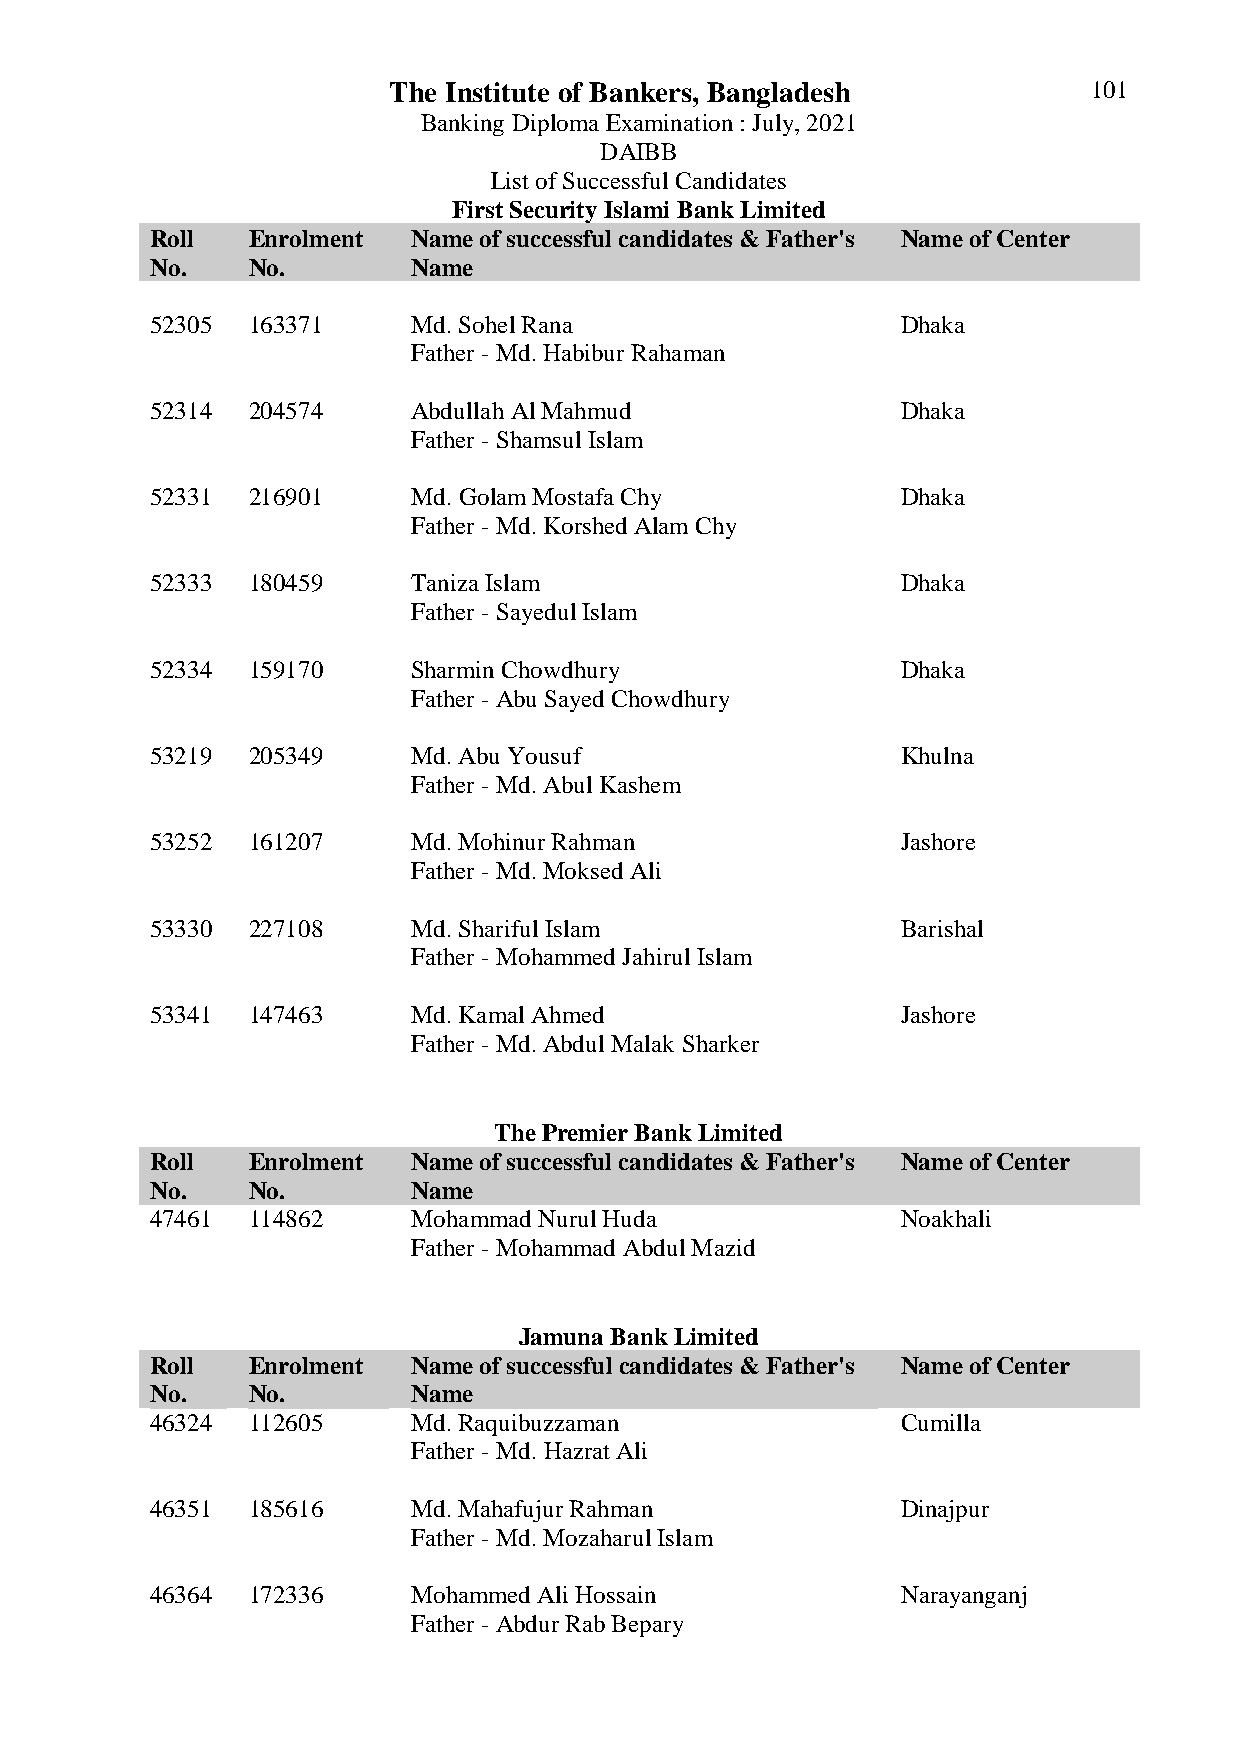
The Institute of Bankers, Bangladesh          101
 Banking Diploma Examination : July, 2021
 DAIBB
 List of Successful Candidates
 First Security Islami Bank Limited
 Roll  Enrolment  Name of successful candidates & Father's Name of Center
 No.   No.        Name
 52305 163371     Md. Sohel Rana                   Dhaka
 Father - Md. Habibur Rahaman
 52314 204574     Abdullah Al Mahmud               Dhaka
 Father - Shamsul Islam
 52331 216901     Md. Golam Mostafa Chy            Dhaka
 Father - Md. Korshed Alam Chy
 52333 180459     Taniza Islam                     Dhaka
 Father - Sayedul Islam
 52334 159170     Sharmin Chowdhury                Dhaka
 Father - Abu Sayed Chowdhury
 53219 205349     Md. Abu Yousuf                   Khulna
 Father - Md. Abul Kashem
 53252 161207     Md. Mohinur Rahman               Jashore
 Father - Md. Moksed Ali
 53330 227108     Md. Shariful Islam               Barishal
 Father - Mohammed Jahirul Islam
 53341 147463     Md. Kamal Ahmed                  Jashore
 Father - Md. Abdul Malak Sharker
 The Premier Bank Limited
 Roll  Enrolment  Name of successful candidates & Father's Name of Center
 No.   No.        Name
 47461 114862     Mohammad Nurul Huda              Noakhali
 Father - Mohammad Abdul Mazid
 Jamuna Bank Limited
 Roll  Enrolment  Name of successful candidates & Father's Name of Center
 No.   No.        Name
 46324 112605     Md. Raquibuzzaman                Cumilla
 Father - Md. Hazrat Ali
 46351 185616     Md. Mahafujur Rahman             Dinajpur
 Father - Md. Mozaharul Islam
 46364 172336     Mohammed Ali Hossain             Narayanganj
 Father - Abdur Rab Bepary